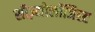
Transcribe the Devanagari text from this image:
सीज़्मोलॉजिस्ट